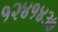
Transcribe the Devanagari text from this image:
१२४१४३७